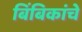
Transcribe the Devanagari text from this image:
बिंबिकांचे